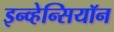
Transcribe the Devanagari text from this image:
इन्व्हेन्सियॉन